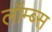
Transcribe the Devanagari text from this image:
लॉम्ब्स